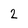
Character: 2